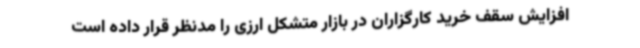
افزایش سقف خرید کارگزاران در بازار متشکل ارزی را مدنظر قرار داده است